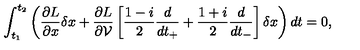
\int _ { t _ { 1 } } ^ { t _ { 2 } } \left( \frac { \partial L } { \partial x } \delta x + \frac { \partial L } { \partial { \cal V } } \left[ \frac { 1 - i } { 2 } \frac { d } { d t _ { + } } + \frac { 1 + i } { 2 } \frac { d } { d t _ { - } } \right] \delta x \right) d t = 0 ,